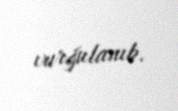
vurğulanıb.